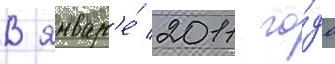
В январ'е́ 2011 го́да